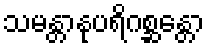
သမန္တာနုပရိဂစ္ဆန္တော